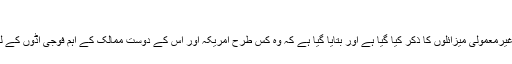
'
رپورٹ میں بیجنگ کے غیرمعمولی میزائلوں کا ذکر کیا گیا ہے اور بتایا گیا ہے کہ وہ کس طرح امریکہ اور اس کے دوست ممالک کے اہم فوجی اڈوں کے لیے خطرے کا باعث ہیں۔